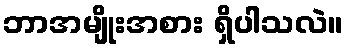
ဘာအမျိုးအစား ရှိပါသလဲ။